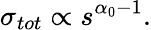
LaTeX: \sigma_{tot}\propto s^{\alpha_{0}-1}.